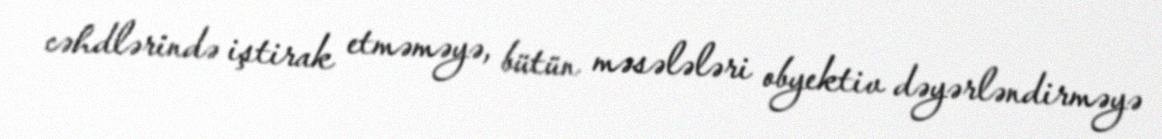
cəhdlərində iştirak etməməyə, bütün məsələləri obyektiv dəyərləndirməyə